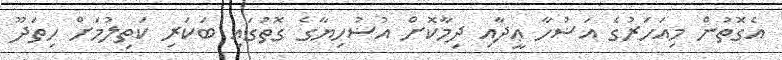
އެގޮތުން މިއަހަރުގެ އަޟުހާ ޢީދާއި ދިމާކޮށް އުޟުހިޔާގެ ގޮތުގައި ބަކަރި ކަތިލުމަށް ހިތަދޫ